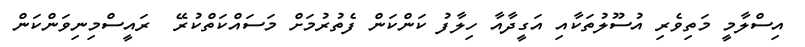
އިސްލާމީ މަތިވެރި އުސޫލުތަކާއި އަގީދާއާ ހިލާފު ކަންކަން ފެތުރުމަށް މަސައްކަތްކުރޭ  ރައީސްމިނިވަންކަން